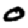
Digit: 0